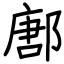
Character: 鄌